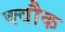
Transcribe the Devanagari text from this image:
क्वौक